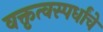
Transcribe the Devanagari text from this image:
वक्तृत्वस्पर्धांचे